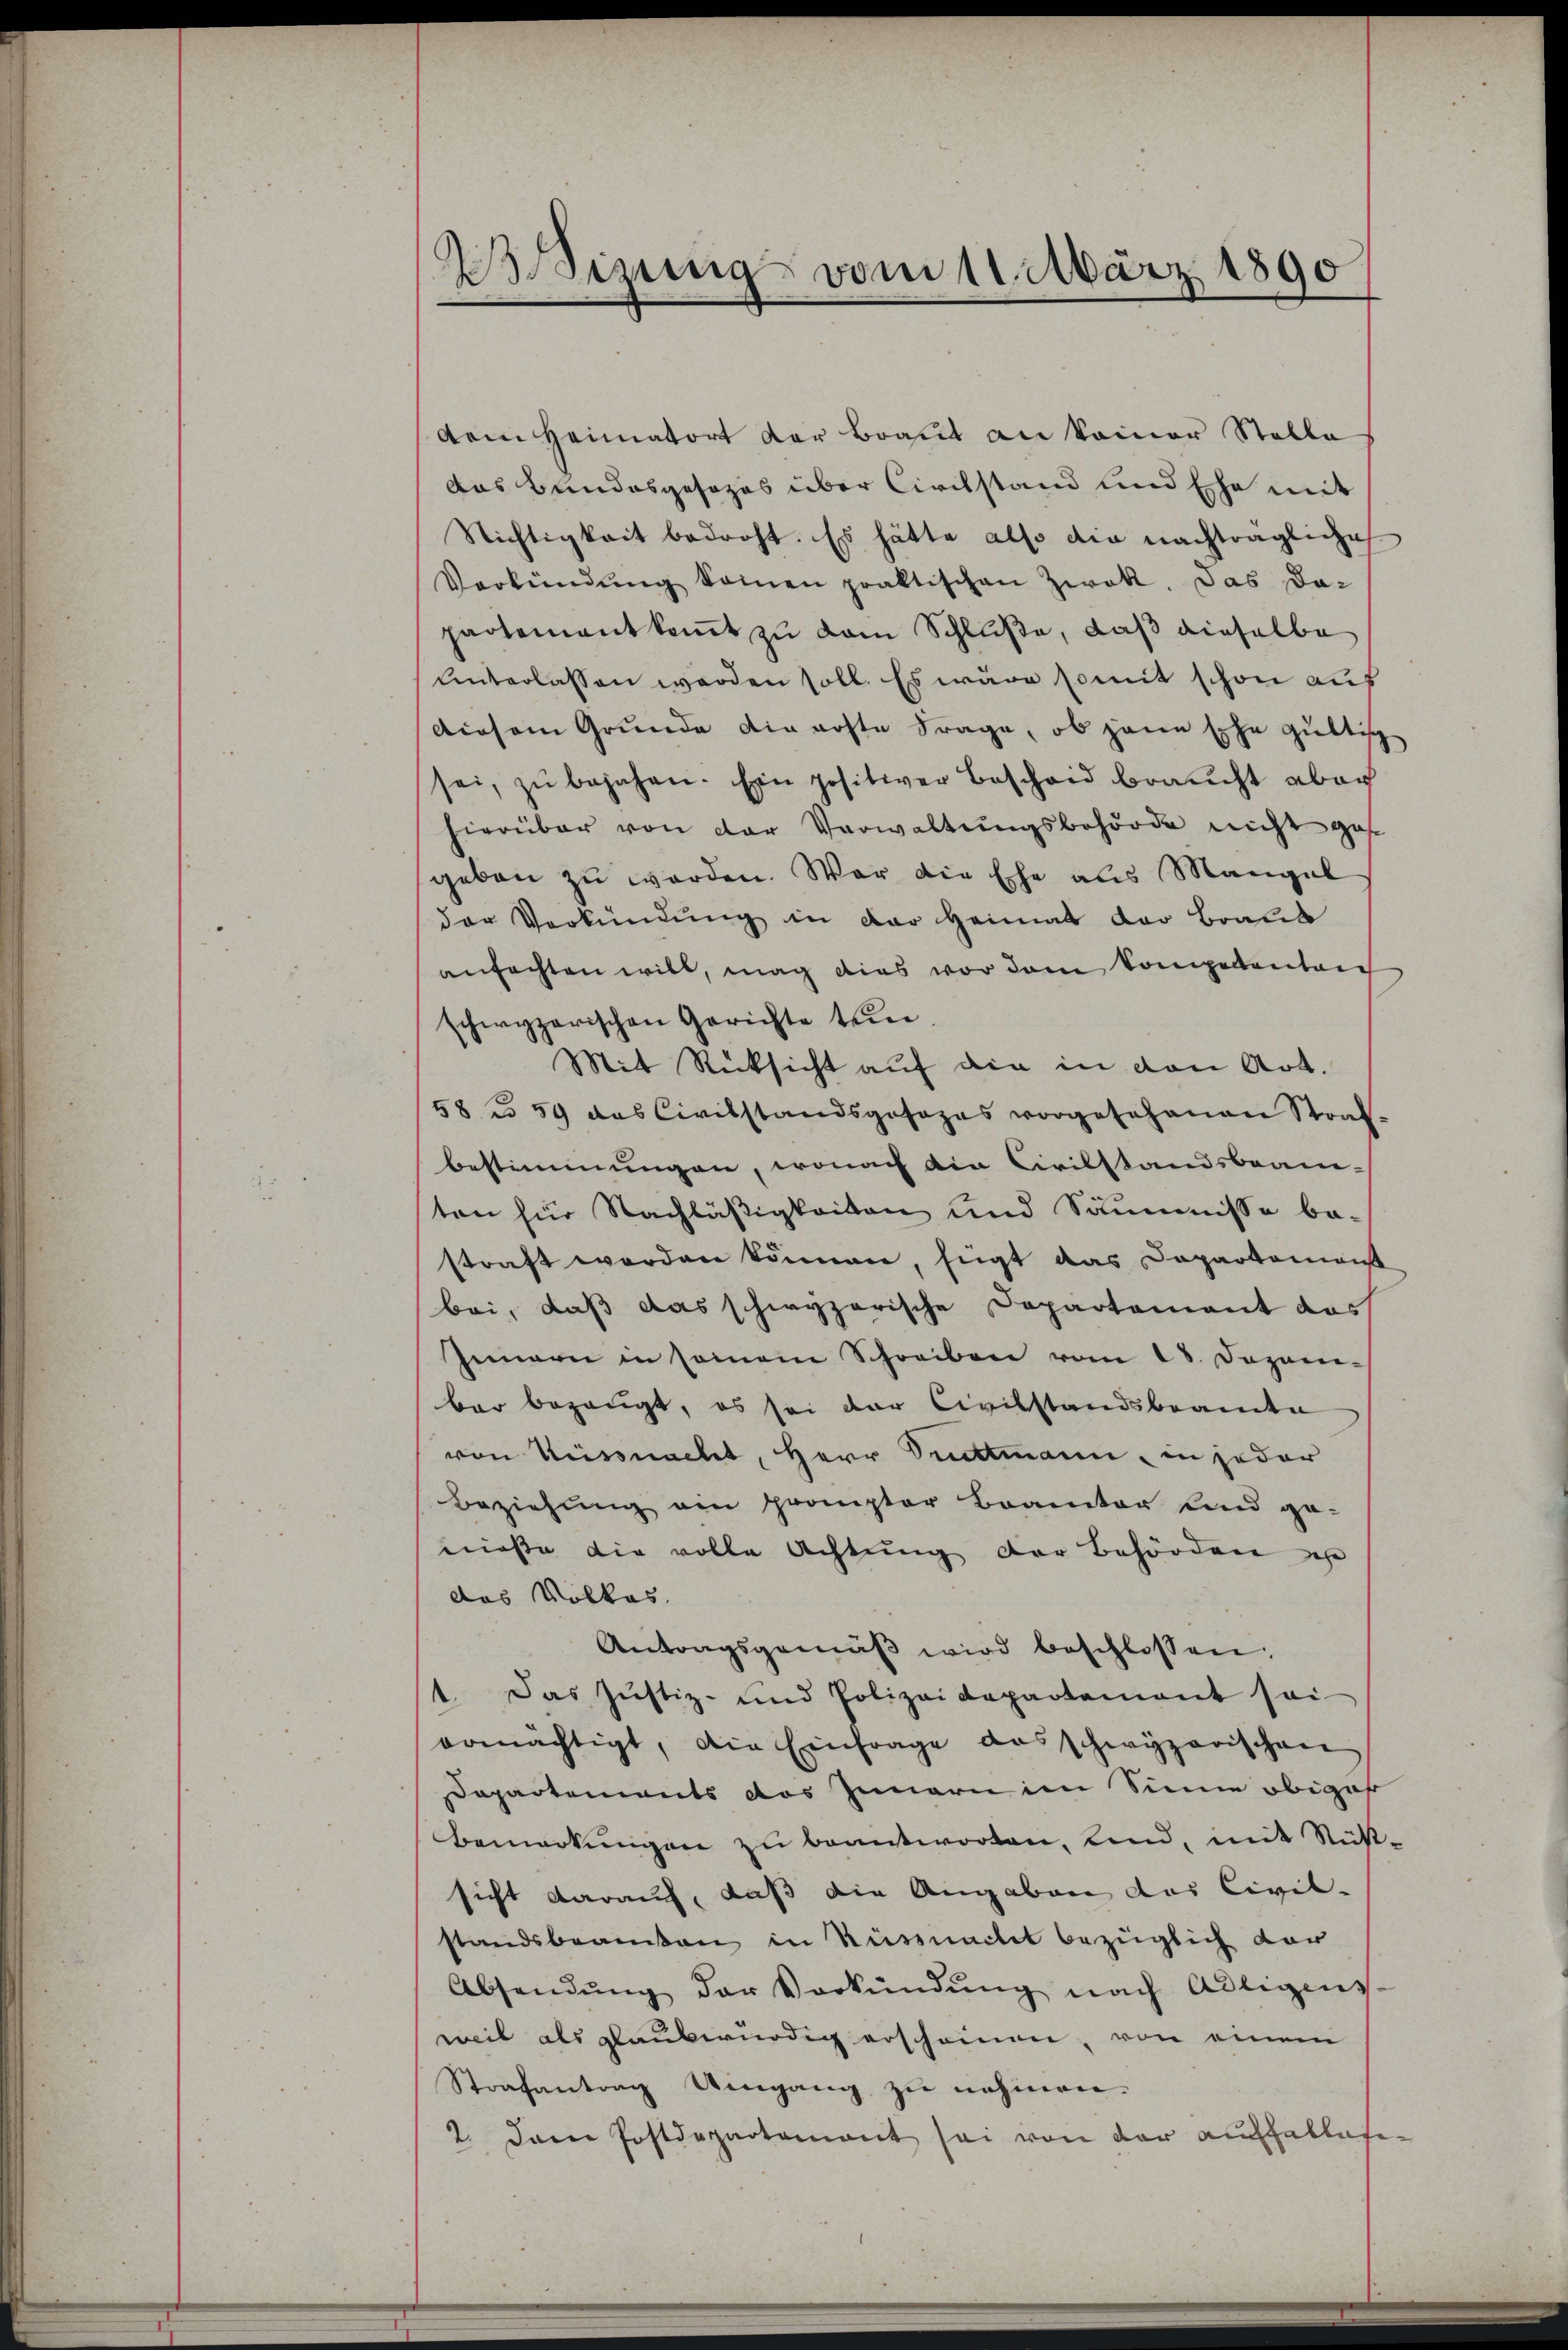
Wizung vom 11. März 1890

dem Heimatort der Braut an keiner Stelle
Das Bundesgesezes über Circhstand und Ehe mit
Nichtigkeit bedroht. Es hätte also die nachträgliche
Verkündŭng keinen praktischen Zwek. Das da-
partementkommt zu dem Schluße, daß dieselbe
Unterlassen werden soll. Es wäre somit schon auf
Diesem Grunde die erste Frage, ob jene sehr guttisch
sei, zŭ bejahen. Ein positiver Bescheid braucht aber
hierüber von der Verwaltŭngsbehörde nicht ges
geben zu werden. War die Ehe aus Mangel
der Verkündung in der Heimat der Braut
anfachten will, mag dies vor dem Kompetenteie
schwyzerischen Gerichte tun
Mit Rücksicht auf die in den Art.
58 u. 59 das Civilstandsgesezes vorgesehenen Stral-
bestimmungen, wonach die Civilstandsbean-
ten für Nachläßigkeiten und Säumnisse be-
straft worden können, fügt das Departemonst
bei, daß das schwyzerische Departement das
Innern in samem Schreiben vom 18. Dezem-
bar bezeugt, es sei der Civilstandsbeamte
von Küssnacht, Herr Suttmann, in jeder
Beziehŭng ein prompter Branter sind ge-
nieße die volle Achtung der Behörden
das Volkes. |
Antragsgemäβ wird beschlossen:
1. Das Justiz- und Polizeidepartement sei
ermächtigt, die Einfrage das schwyzerischen
Dapartements das Innern im Sinne obiger
Bemerkungen zu beantworten, und, mit Sustsicht darauf, daß die Angaben das Civil-
standsbeamten in Küssnacht bezüglich dar
Absendŭng der Verkündŭng nach Adligens-
weil als glaubwürdig erscheinen, von einem
Strafantrag Umgang zu nehmen.
2. Dann Postdepartement sei von der Auffallete